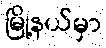
မြို့နယ်မှာ